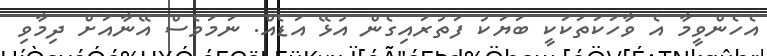
އެހެންވީމާ އެ ވާހަކަތަކަކީ ބަޔަކު ފަތުރައިގެން އުޅޭ އަޑެއް. ނަމަވެސް އޭނާއަށް ދިމާވި